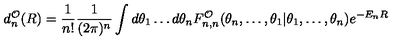
d _ { n } ^ { \cal O } ( R ) = \frac { 1 } { n ! } \frac { 1 } { ( 2 \pi ) ^ { n } } \int d \theta _ { 1 } \ldots d \theta _ { n } F _ { n , n } ^ { \cal O } ( \theta _ { n } , \ldots , \theta _ { 1 } | \theta _ { 1 } , \ldots , \theta _ { n } ) e ^ { - E _ { n } R } \,